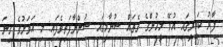
ފާރު ކައިރީގައި އުޅޭ މީހުންގެ ގެތައް ސުނާމީގައި ސުންނާފަތިވެފައި: މި އަވަށުގެ ގިނަ